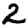
Digit: 2